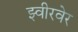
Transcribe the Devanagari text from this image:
झ्वीरवेर